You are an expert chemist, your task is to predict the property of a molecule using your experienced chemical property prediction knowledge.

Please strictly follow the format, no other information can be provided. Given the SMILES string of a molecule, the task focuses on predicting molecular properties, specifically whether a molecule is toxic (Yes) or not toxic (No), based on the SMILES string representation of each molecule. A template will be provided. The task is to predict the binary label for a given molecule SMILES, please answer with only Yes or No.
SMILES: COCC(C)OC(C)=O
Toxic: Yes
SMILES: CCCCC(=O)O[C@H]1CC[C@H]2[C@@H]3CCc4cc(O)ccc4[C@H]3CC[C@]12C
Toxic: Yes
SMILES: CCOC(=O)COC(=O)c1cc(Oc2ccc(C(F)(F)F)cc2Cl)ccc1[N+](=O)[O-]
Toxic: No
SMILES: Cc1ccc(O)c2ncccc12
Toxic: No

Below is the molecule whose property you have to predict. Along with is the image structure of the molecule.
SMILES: COc1ccnc(CS(=O)c2nc3cc(OC(F)F)ccc3[n-]2)c1OC
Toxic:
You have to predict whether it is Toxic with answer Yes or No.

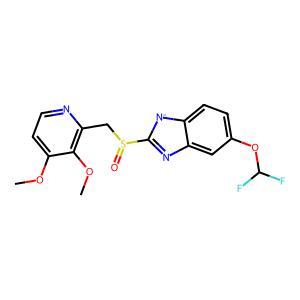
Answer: No